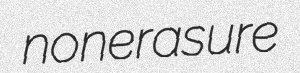
nonerasure